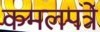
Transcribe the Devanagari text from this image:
कमलपत्रे